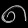
Digit: ၈